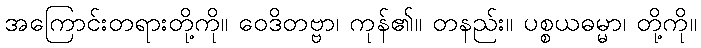
အကြောင်းတရားတို့ကို။ ဝေဒိတဗ္ဗာ၊ ကုန်၏။ တနည်း။ ပစ္စယဓမ္မာ၊ တို့ကို။